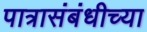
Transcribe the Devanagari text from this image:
पात्रासंबंधीच्या